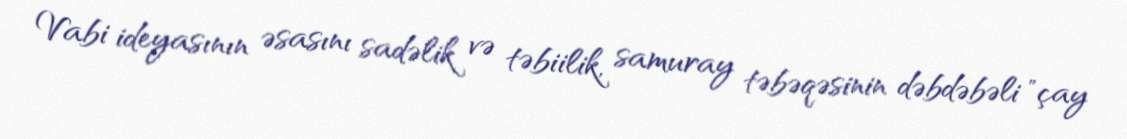
Vabi ideyasının əsasını sadəlik və təbiilik, samuray təbəqəsinin dəbdəbəli "çay